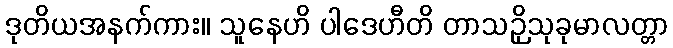
ဒုတိယအနက်ကား။ သူနေဟိ ပါဒေဟီတိ တာသဉှိသုခုမာလတ္တာ